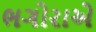
ભગોરાએ